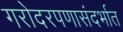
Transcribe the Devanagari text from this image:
गरोदरपणासंदर्भात